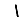
Digit: 1